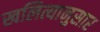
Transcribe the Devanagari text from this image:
खलित्यानुसार